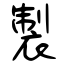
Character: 製